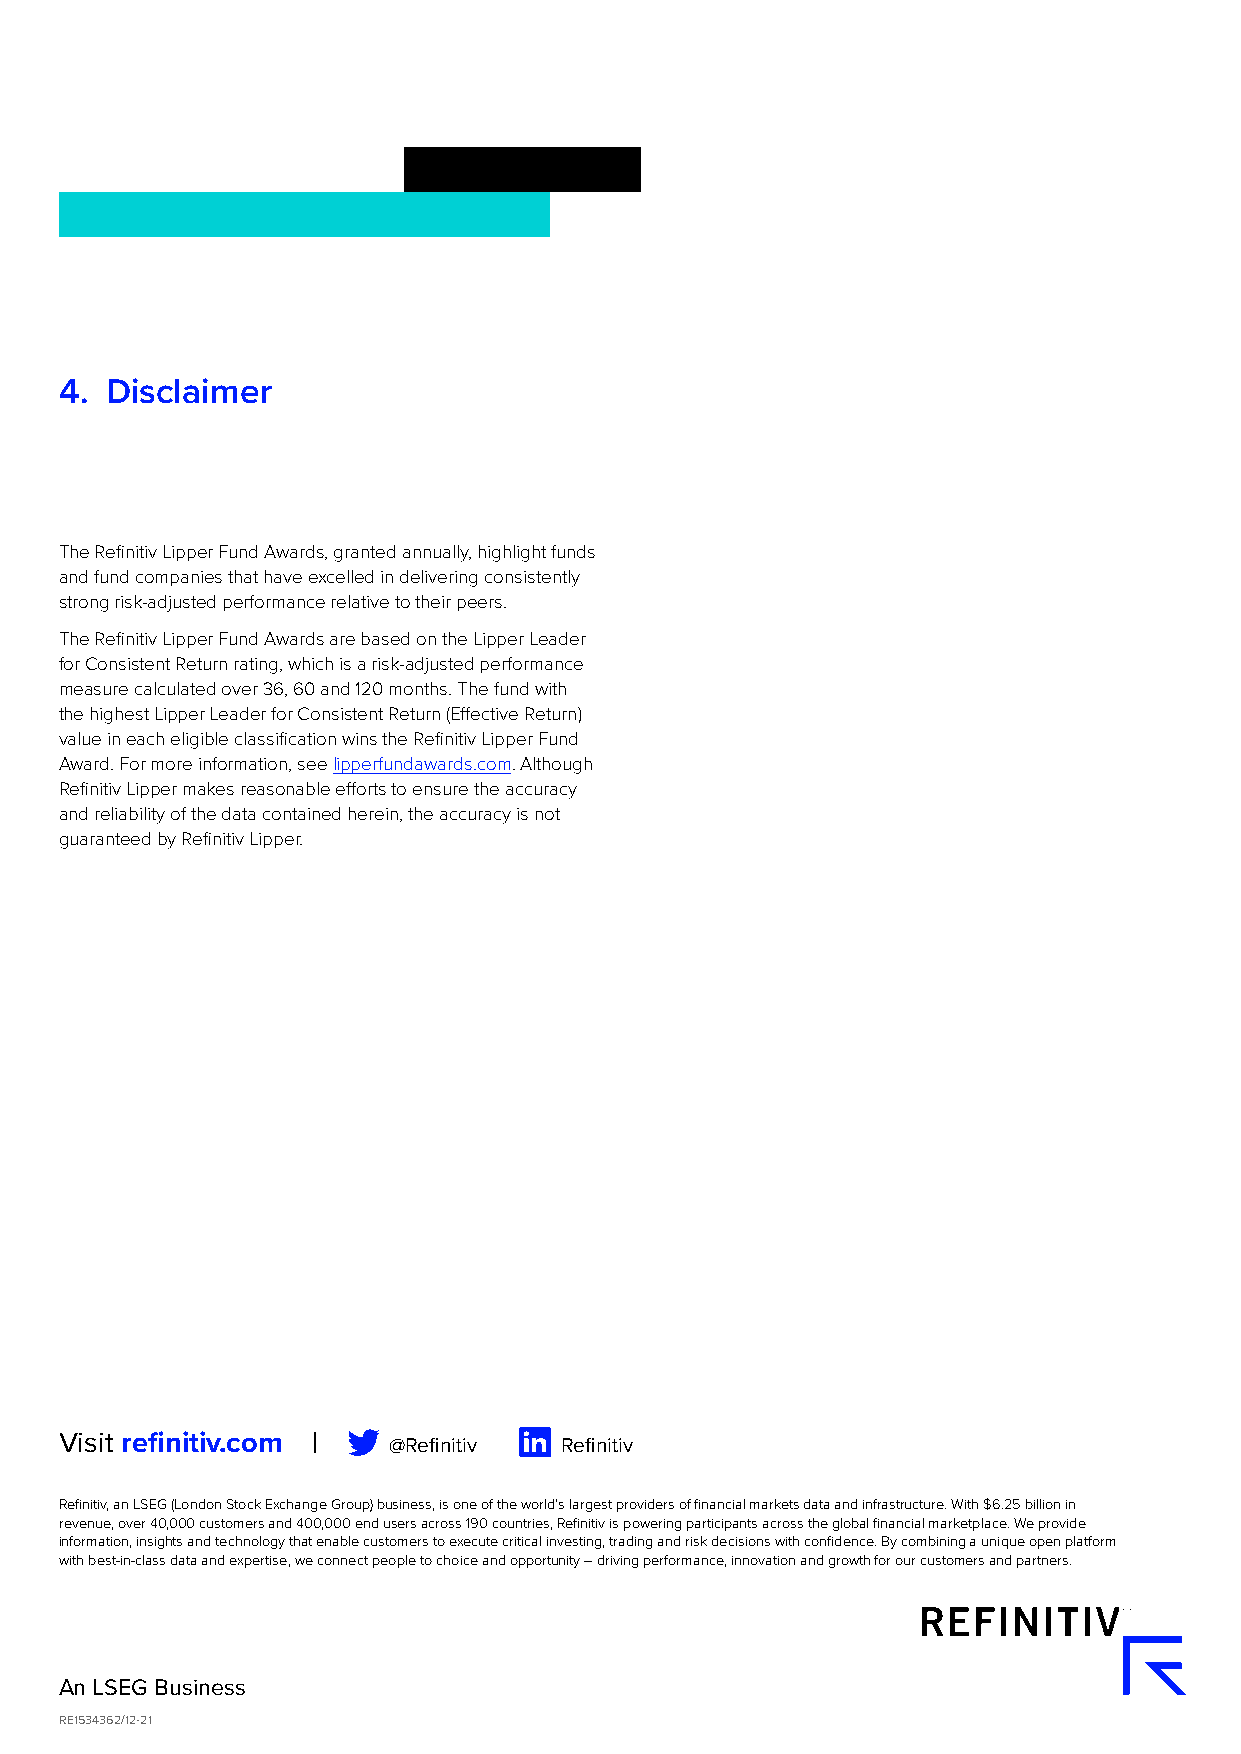
4. Disclaimer
 The Refinitiv Lipper Fund Awards, granted annually, highlight funds
 and fund companies that have excelled in delivering consistently
 strong risk-adjusted performance relative to their peers.
 The Refinitiv Lipper Fund Awards are based on the Lipper Leader
 for Consistent Return rating, which is a risk-adjusted performance
 measure calculated over 36, 60 and 120 months. The fund with
 the highest Lipper Leader for Consistent Return (Effective Return)
 value in each eligible classification wins the Refinitiv Lipper Fund
 Award. For more information, see lipperfundawards.com. Although
 Refinitiv Lipper makes reasonable efforts to ensure the accuracy
 and reliability of the data contained herein, the accuracy is not
 guaranteed by Refinitiv Lipper.
 Visit refinitiv.com | @Refinitiv Refinitiv
 Refinitiv, an LSEG (London Stock Exchange Group) business, is one of the world’s largest providers of financial markets data and infrastructure. With $6.25 billion in
 revenue, over 40,000 customers and 400,000 end users across 190 countries, Refinitiv is powering participants across the global financial marketplace. We provide
 information, insights and technology that enable customers to execute critical investing, trading and risk decisions with confidence. By combining a unique open platform
 with best-in-class data and expertise, we connect people to choice and opportunity – driving performance, innovation and growth for our customers and partners.
 An LSEG Business
 RE1534362/12-21